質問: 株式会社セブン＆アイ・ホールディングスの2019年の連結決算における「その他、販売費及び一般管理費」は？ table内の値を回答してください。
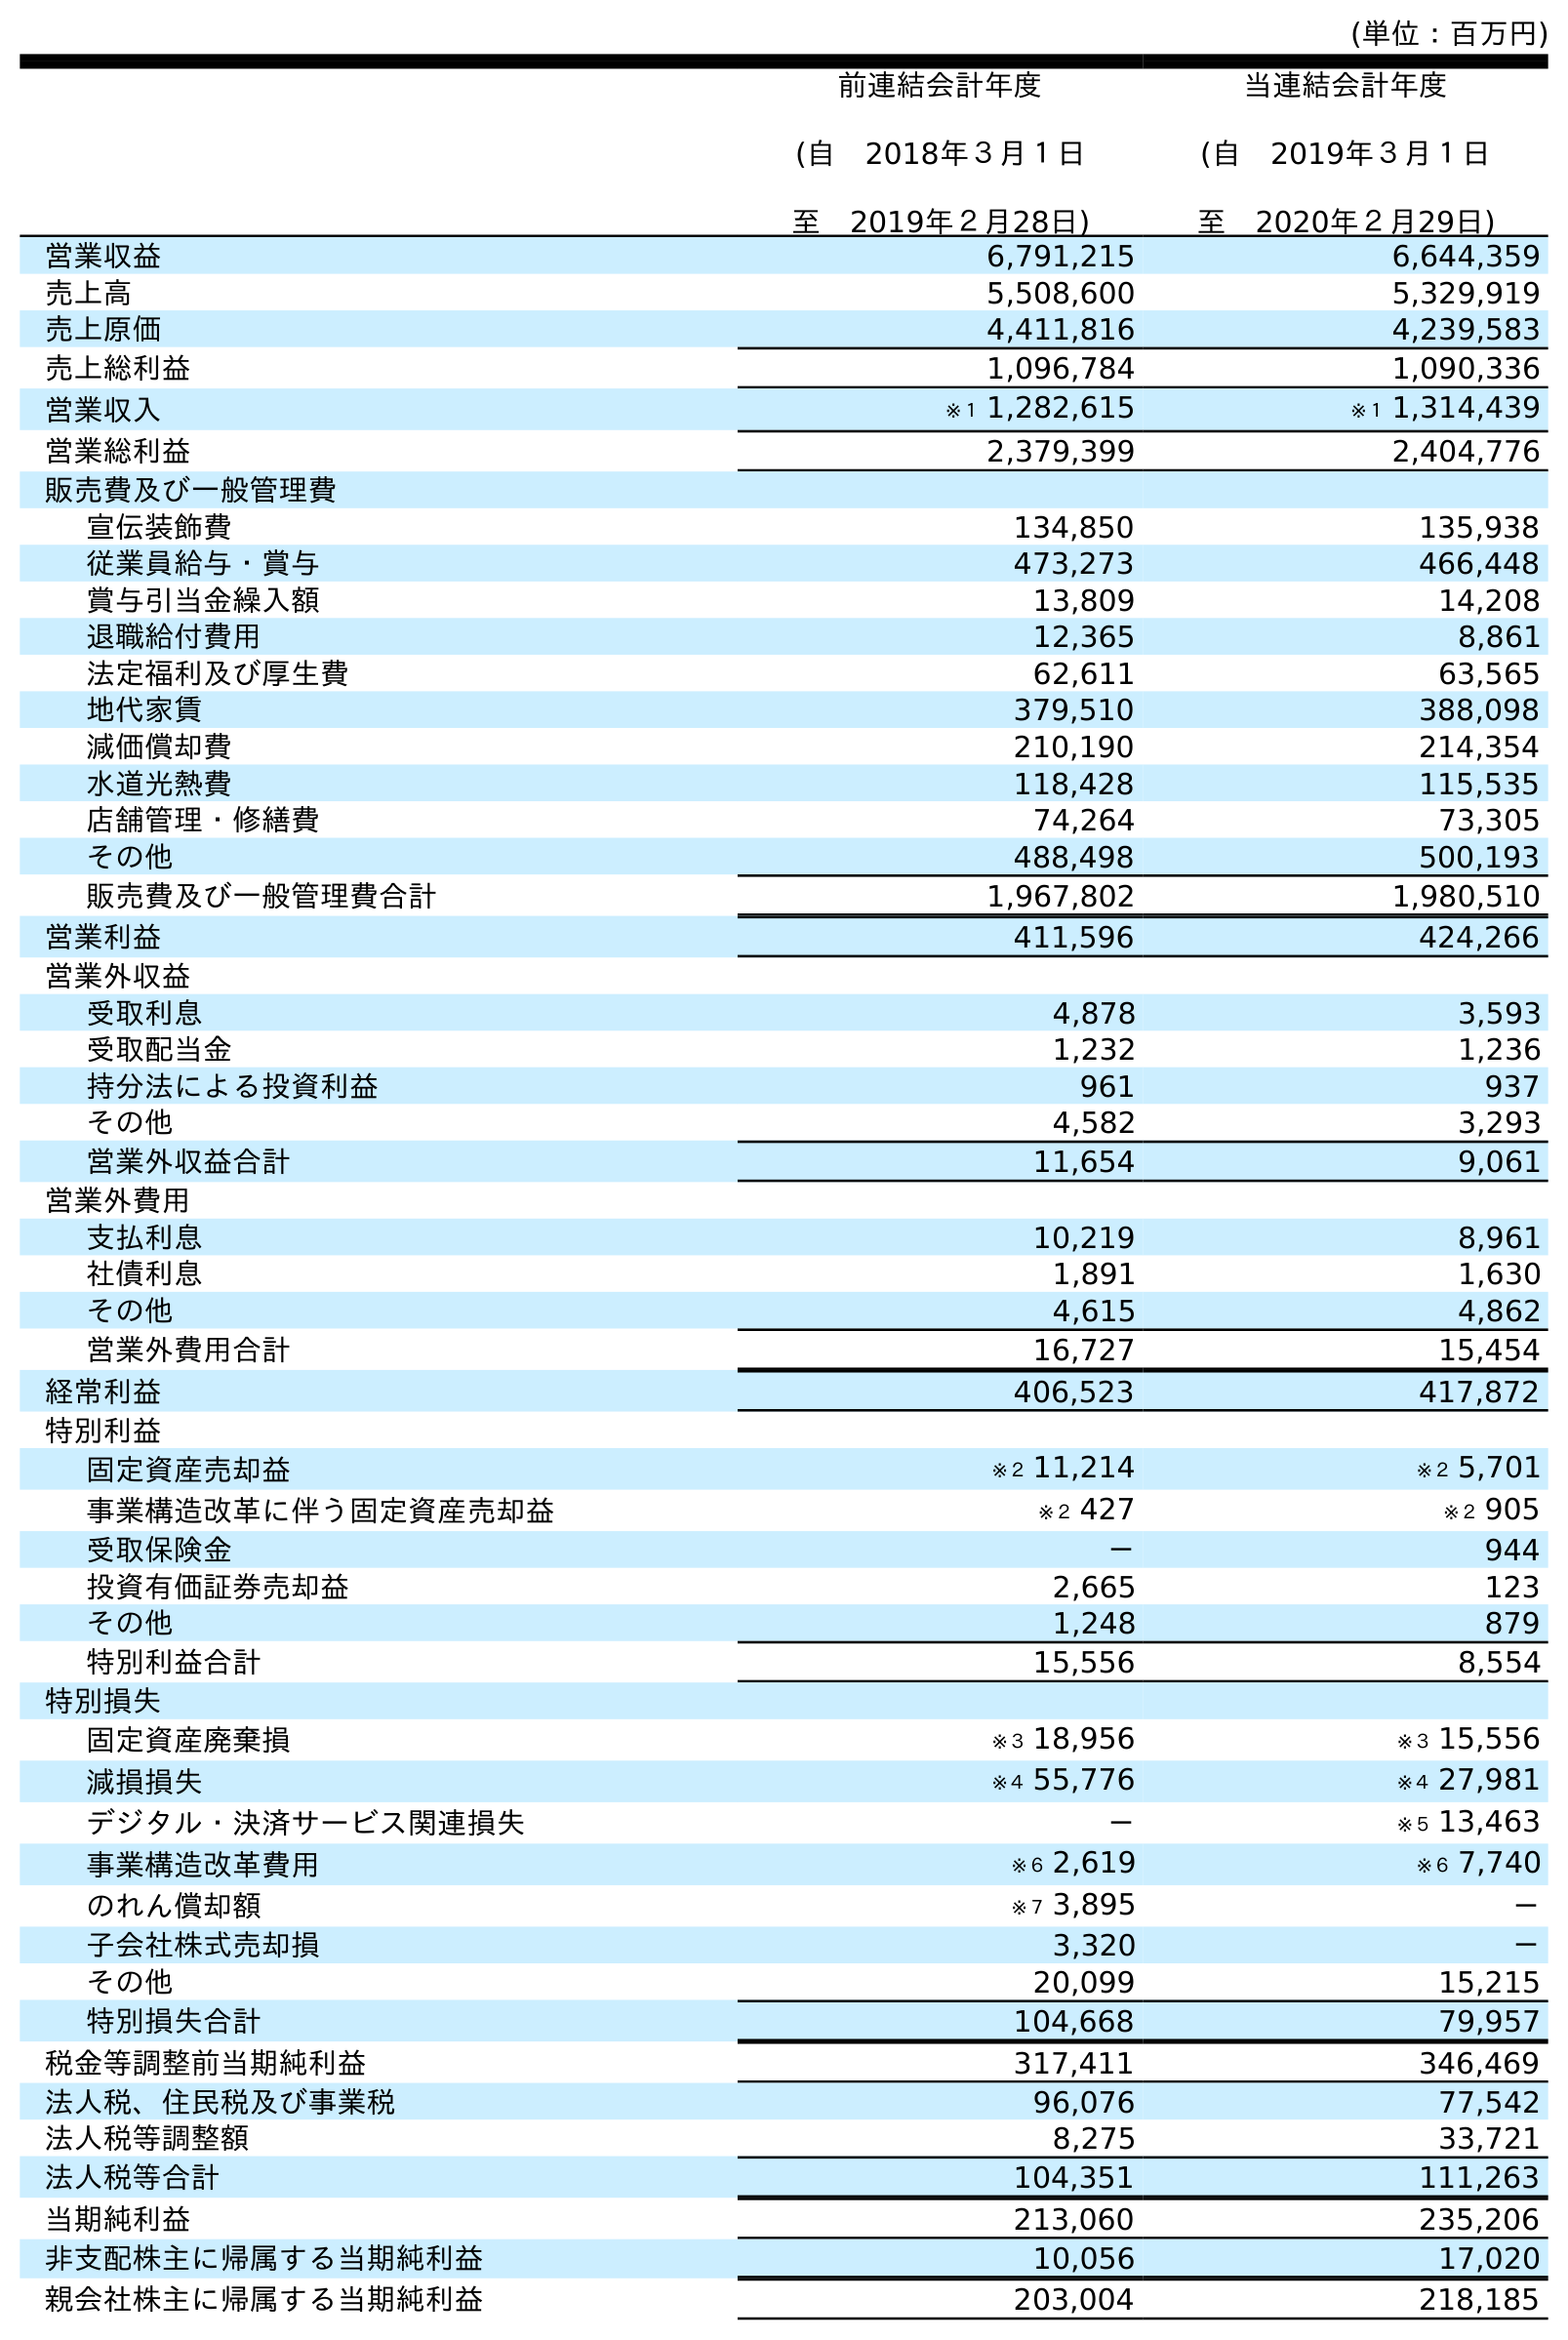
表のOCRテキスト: (単位：百万円) 前連結会計年度 (自 2018年３月１日 至 2019年２月28日) 当連結会計年度 (自 2019年３月１日 至 2020年２月29日) 営業収益 6,791,215 6,644,359 売上高 5,508,600 5,329,919 売上原価 4,411,816 4,239,583 売上総利益 1,096,784 1,090,336 営業収入 ※１ 1,282,615 ※１ 1,314,439 営業総利益 2,379,399 2,404,776 販売費及び一般管理費 宣伝装飾費 134,850 135,938 従業員給与・賞与 473,273 466,448 賞与引当金繰入額 13,809 14,208 退職給付費用 12,365 8,861 法定福利及び厚生費 62,611 63,565 地代家賃 379,510 388,098 減価償却費 210,190 214,354 水道光熱費 118,428 115,535 店舗管理・修繕費 74,264 73,305 その他 488,498 500,193 販売費及び一般管理費合計 1,967,802 1,980,510 営業利益 411,596 424,266 営業外収益 受取利息 4,878 3,593 受取配当金 1,232 1,236 持分法による投資利益 961 937 その他 4,582 3,293 営業外収益合計 11,654 9,061 営業外費用 支払利息 10,219 8,961 社債利息 1,891 1,630 その他 4,615 4,862 営業外費用合計 16,727 15,454 経常利益 406,523 417,872 特別利益 固定資産売却益 ※２ 11,214 ※２ 5,701 事業構造改革に伴う固定資産売却益 ※２ 427 ※２ 905 受取保険金 － 944 投資有価証券売却益 2,665 123 その他 1,248 879 特別利益合計 15,556 8,554 特別損失 固定資産廃棄損 ※３ 18,956 ※３ 15,556 減損損失 ※４ 55,776 ※４ 27,981 デジタル・決済サービス関連損失 － ※５ 13,463 事業構造改革費用 ※６ 2,619 ※６ 7,740 のれん償却額 ※７ 3,895 － 子会社株式売却損 3,320 － その他 20,099 15,215 特別損失合計 104,668 79,957 税金等調整前当期純利益 317,411 346,469 法人税、住民税及び事業税 96,076 77,542 法人税等調整額 8,275 33,721 法人税等合計 104,351 111,263 当期純利益 213,060 235,206 非支配株主に帰属する当期純利益 10,056 17,020 親会社株主に帰属する当期純利益 203,004 218,185
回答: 488,498